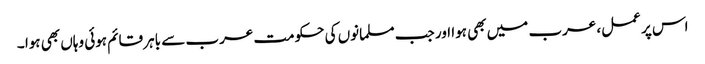
اس پر عمل، عرب میں بھی ہوا اور جب مسلمانوں کی حکومت عرب سے باہر قائم ہوئی وہاں بھی ہوا ۔